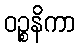
ဝဉ္စနိကာ